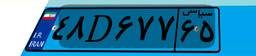
۴۸D۶۷۷۶۵